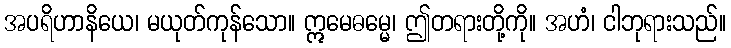
အပရိဟာနိယေ၊ မယုတ်ကုန်သော။ ဣမေဓမ္မေ၊ ဤတရားတို့ကို။ အဟံ၊ ငါဘုရားသည်။